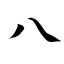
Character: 八